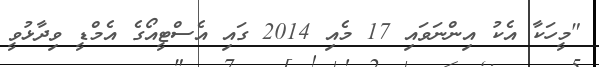
"މީހަކާ އެކު އިންނަވައި 17 މެއި 2014 ގައި އެސްޓީއޯގެ އެމްޑީ ވިދާޅުވީ